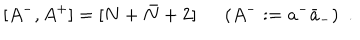
[ A ^ { - } , A ^ { + } ] = [ N + \bar { N } + 2 ] \ \ ( A ^ { - } : = a ^ { - } { \bar { a } } _ { - } ) \ \ .